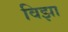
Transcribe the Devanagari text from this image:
विझा